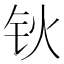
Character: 钬